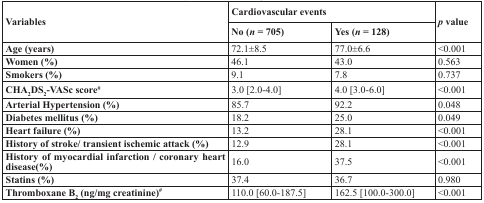
<table><thead><tr><td rowspan="2"><b>Variables</b></td><td colspan="2"><b>Cardiovascular events</b></td><td rowspan="2"><b><i>p</i> value</b></td></tr><tr><td><b>No (<i>n</i> = 705)</b></td><td><b>Yes (<i>n</i> = 128)</b></td></tr></thead><tbody><tr><td><b>Age (years)</b></td><td>72.1±8.5</td><td>77.0±6.6</td><td>&lt;0.001</td></tr><tr><td><b>Women (%)</b></td><td>46.1</td><td>43.0</td><td>0.563</td></tr><tr><td><b>Smokers (%)</b></td><td>9.1</td><td>7.8</td><td>0.737</td></tr><tr><td><b>CHA</b><sub>2</sub><b>DS</b><sub>2</sub><b>-VASc score</b><sup>#</sup></td><td>3.0 [2.0-4.0]</td><td>4.0 [3.0-6.0]</td><td>&lt;0.001</td></tr><tr><td><b>Arterial Hypertension (%)</b></td><td>85.7</td><td>92.2</td><td>0.048</td></tr><tr><td><b>Diabetes mellitus (%)</b></td><td>18.2</td><td>25.0</td><td>0.049</td></tr><tr><td><b>Heart failure (%)</b></td><td>13.2</td><td>28.1</td><td>&lt;0.001</td></tr><tr><td><b>History of stroke/transient ischemic attack (%)</b></td><td>12.9</td><td>28.1</td><td>&lt;0.001</td></tr><tr><td><b>History of myocardial infarction / coronary heart disease(%)</b></td><td>16.0</td><td>37.5</td><td>&lt;0.001</td></tr><tr><td><b>Statins (%)</b></td><td>37.4</td><td>36.7</td><td>0.980</td></tr><tr><td><b>Thromboxane B</b><sub><b>2</b></sub><b>(ng/mg creatinine)</b><sup>#</sup></td><td>110.0 [60.0-187.5]</td><td>162.5 [100.0-300.0]</td><td>&lt;0.001</td></tr></tbody></table>